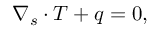
\nabla _ { s } \cdot { \boldsymbol { T } } + { \boldsymbol { q } } = { \boldsymbol { 0 } } ,